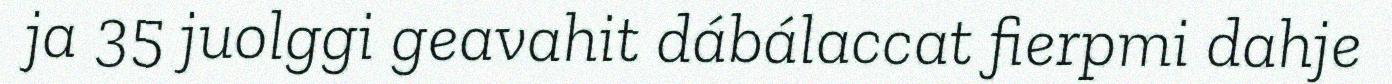
ja 35 juolggi geavahit dábálaccat fierpmi dahje